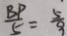
\frac { B P } { 5 } = \frac { 5 } { 9 }